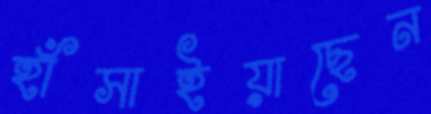
হাঁসাইয়াছেন